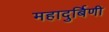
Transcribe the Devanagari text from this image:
महादुर्बिणी